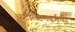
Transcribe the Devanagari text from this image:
स्टोल्टेनबर्गची